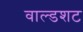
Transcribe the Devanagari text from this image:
वाल्डशट